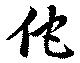
佗